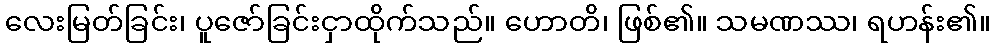
လေးမြတ်ခြင်း၊ ပူဇော်ခြင်းငှာထိုက်သည်။ ဟောတိ၊ ဖြစ်၏။ သမဏဿ၊ ရဟန်း၏။